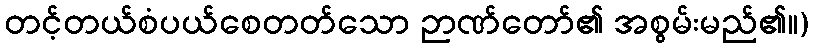
တင့်တယ်စံပယ်စေတတ်သော ဉာဏ်တော်၏ အစွမ်းမည်၏။)